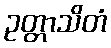
ဥတ္တာသိတံ